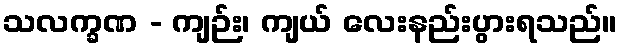
သလက္ခဏ - ကျဉ်း၊ ကျယ် လေးနည်းပွားရသည်။